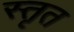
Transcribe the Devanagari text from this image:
स्तृत